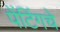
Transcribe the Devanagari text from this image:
पेंटिंगचे